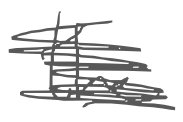
Text: the
Cross-out: scratch
Writing tool: digital_gray